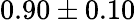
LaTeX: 0.90\pm 0.10